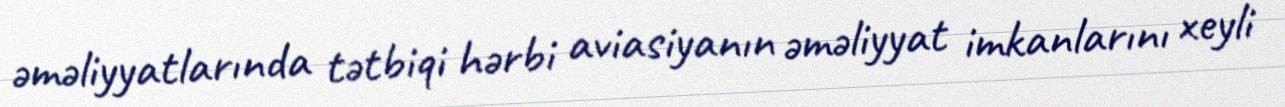
əməliyyatlarında tətbiqi hərbi aviasiyanın əməliyyat imkanlarını xeyli